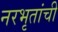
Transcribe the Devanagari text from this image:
नरभृतांची